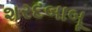
શરદબાબૂ